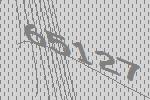
65127